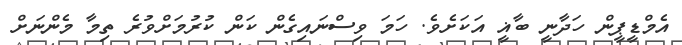
އެމްޑީޕީން ހަދާނީ ބާޣީ އަކަށެވެ. ހަމަ ވިސްނައިގެން ކަން ކުރުމަށްވުރެ ތިމާ މެންނަށް